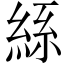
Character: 𮈔